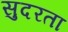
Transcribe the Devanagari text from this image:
सुदरता